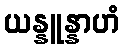
ယန္နူန္နာဟံ